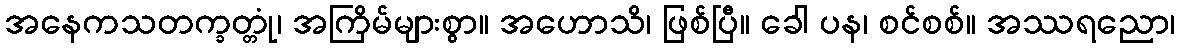
အနေကသတက္ခတ္တုံ၊ အကြိမ်များစွာ။ အဟောသိ၊ ဖြစ်ပြီ။ ခေါ ပန၊ စင်စစ်။ အဿရညော၊